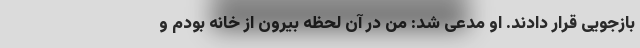
بازجویی قرار دادند. او مدعی شد: من در آن لحظه بیرون از خانه بودم و